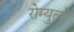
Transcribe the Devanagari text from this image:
रोम्युलो